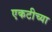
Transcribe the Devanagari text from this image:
एकटीच्या